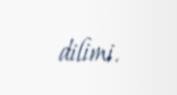
dilimi.